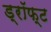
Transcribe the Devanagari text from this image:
ड्रॉफ्ट